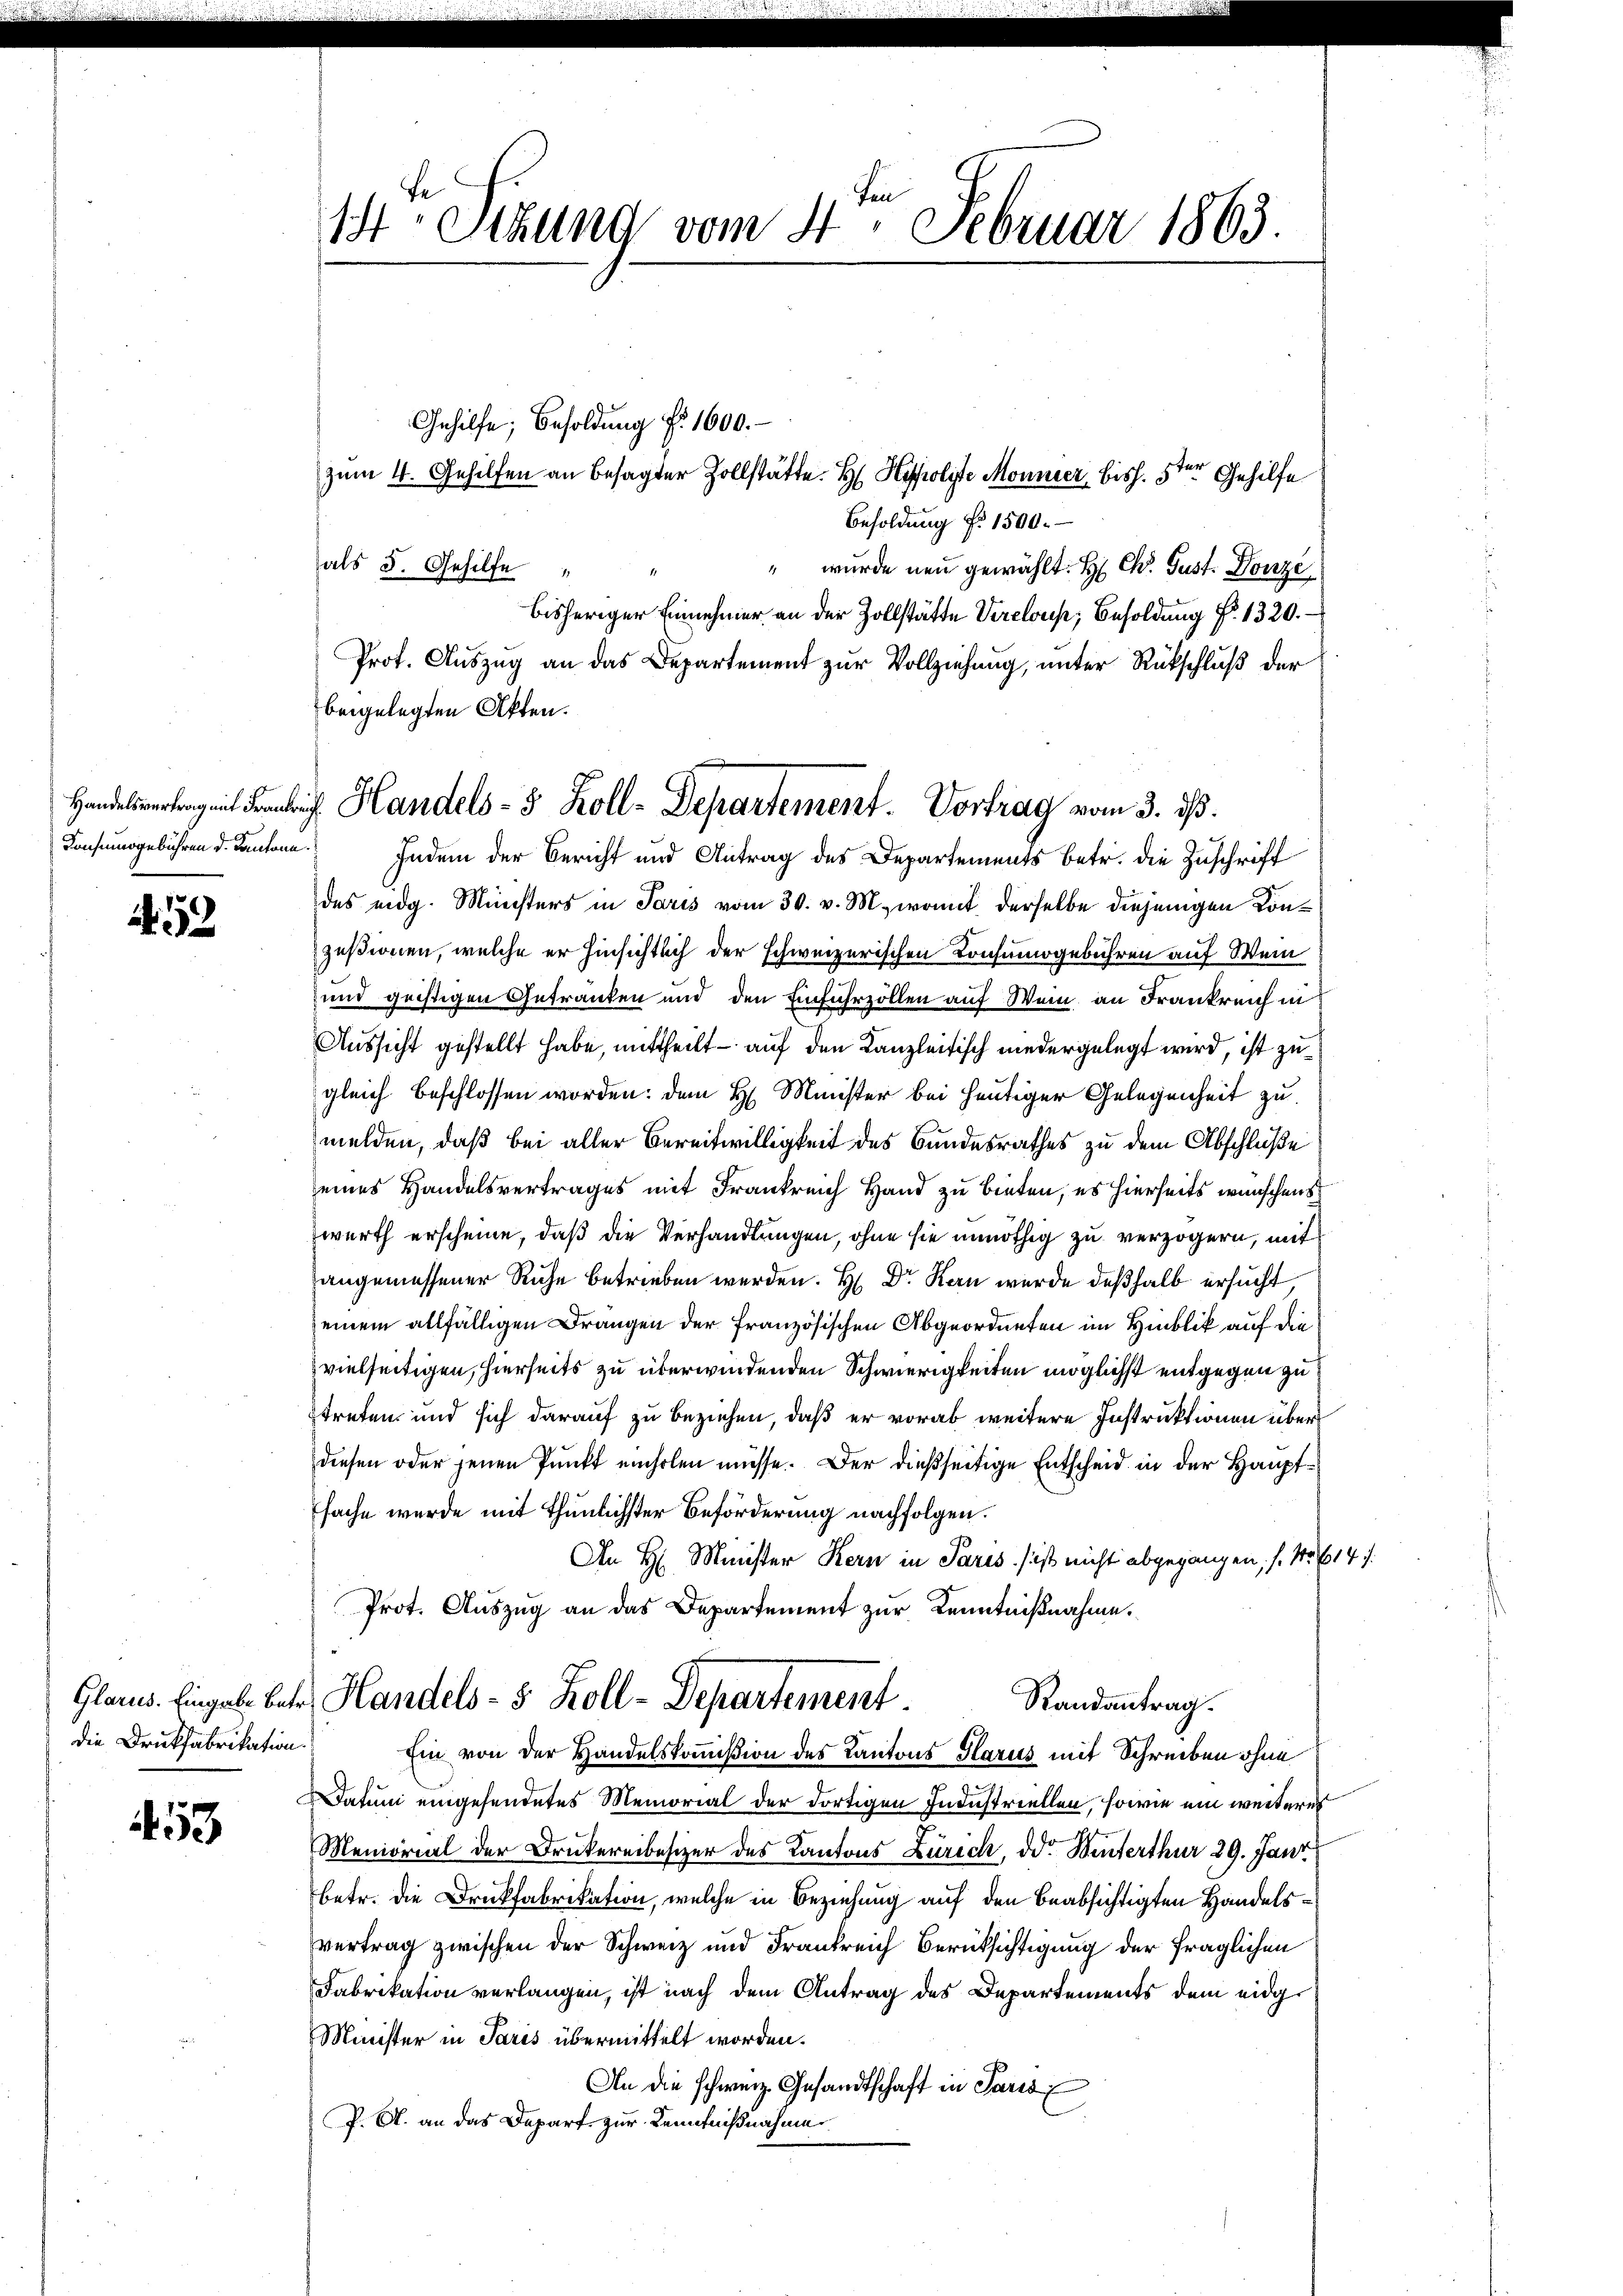
Konsumsgebühren d. Kantone.

A.52

Glarus. Eingabe Bote
die Drukfabrikation.

53

14ten Sitzung vom 4. Februar 1863.

zum 4. Gehilfen an besagter Zollstätte. H. Hypolyte Monnier, biss. 5ten Gehilfe
Besoldung d. 1500.
als 5. Gehilfe
" wurde neu gewählt. H. Chr. Gust. Donze
bisheriger Einnehmer an der Zollstätte Vireloup, Besoldung No. 1320.
Prof. Auszug an das Departement zur Vollziehung, unter Rückschluß der
beigelegten Akten.
Indem der Bericht und Antrag des Departements betr. die Zuschrift
des eidg. Ministers in Paris vom 30. v. M., womit derselbe diejenigen Konzesionen, welche er hinsichtlich der schweizerischen Konsumogebühren auf Wein
und geistigen Getranken und den Einfuhrzollen auf Wein an Frankreich in
Aussicht gestellt habe, mittheilt – auf den Kanzleitisch niedergelegt wird, ist zu
gleich beschlossen worden: dem H. Minister bei heutiger Gelegenheit zu
melden, daß bei aller Bereitwilligkeit des Bundesrathes zu dem Abschluße
eines Handelsvertrages mit Frankreich Hand zu bieten, es hierseits wünschens
werth erscheine, daß die Verhandlungen, ohne sie unnöthig zu verzögern, mit
angemessener Ruhe betrieben werden. H: Dr. Korn wurde deßhalb ersucht,
einem allfälligen Drangen der französischen Abgeordneten im Hinblik auf die
vielseitigen, hierseits zu überwindenden Schwierigkeiten möglichst entgegen zu
treten und sich darauf zu beziehen, daß er vorab weitere Instruktionen über
diesen oder jenen Punkt einholen müsse. Der dießseitige Entscheid in der Hauptsache wurde mit thunlichster Beförderung nachfolgen.
An H. Minister Kern in Paris ist nicht abgegangen, (1. 614 f.
Prot. Auszug an das Departement zur Kenntnißnahme.
) Handels- 5. Koll-Departement.
Randantrag.
Ein von der Handelskommißion des Kantons Glarus mit Schreiben ohne
Datum eingesendetes Memorial der dortigen Industriellen, sowie ein weiteres
Memorial der Druckereibesizer des Kantons Zürich, od. Hinterthur 29. Jani
betr. die Druckfabrikation, welche in Beziehung auf den beabsichtigten Handelsvertrag zwischen der Schweiz und Frankreich Berücksichtigung der fraglichen
Fabrikation verlangen, ist nach dem Antrag des Departements dem eidg
Minister in Paris übermittelt worden.
An die schweiz. Gesandtschaft in Paris
P. G. an das Depart zur Kenntnißnahme.

Gehilfe, Besoldung f. 1600.

Handelegt der Handels- 8 Koll-Departement. Vortrag vom 3. ds.